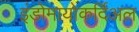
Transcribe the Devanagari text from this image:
इंडोमायोकर्दिअल